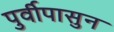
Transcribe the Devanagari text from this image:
पुर्वीपासुन